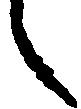
々